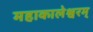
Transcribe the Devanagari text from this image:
महाकालेश्वरम्